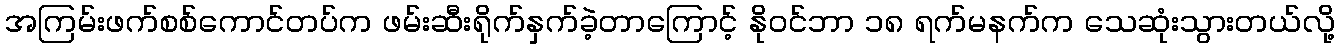
အကြမ်းဖက်စစ်ကောင်တပ်က ဖမ်းဆီးရိုက်နှက်ခဲ့တာကြောင့် နိုဝင်ဘာ ၁၈ ရက်မနက်က သေဆုံးသွားတယ်လို့